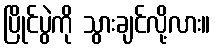
ပြိုင်ပွဲကို သွားချင်လို့လား။